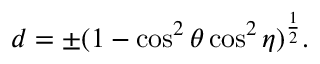
d = \pm ( 1 - \cos ^ { 2 } { \theta } \cos ^ { 2 } { \eta } ) ^ { \frac { 1 } { 2 } } .